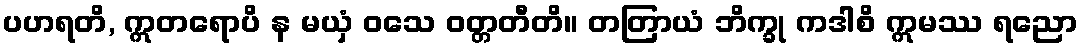
ပဟရတိ, ဣတရောပိ န မယှံ ဝသေ ဝတ္တတီတိ။ တတြာယံ ဘိက္ခု ကဒါစိ ဣမဿ ရညော